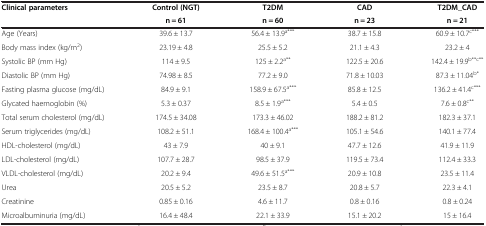
<table><thead><tr><td rowspan="2"><b>Clinical parameters</b></td><td><b>Control (NGT)</b></td><td><b>T2DM</b></td><td><b>CAD</b></td><td><b>T2DM_CAD</b></td></tr><tr><td><b>n = 61</b></td><td><b>n = 60</b></td><td><b>n = 23</b></td><td><b>n = 21</b></td></tr></thead><tbody><tr><td>Age (Years)</td><td>39.6 ± 13.7</td><td>56.4 ± 13.9<sup>a***</sup></td><td>38.7 ± 15.8</td><td>60.9 ± 10.7<sup>c***</sup></td></tr><tr><td>Body mass index (kg/m<sup>2</sup>)</td><td>23.19 ± 4.8</td><td>25.5 ± 5.2</td><td>21.1 ± 4.3</td><td>23.2 ± 4</td></tr><tr><td>Systolic BP (mm Hg)</td><td>114 ± 9.5</td><td>125 ± 2.2<sup>a**</sup></td><td>122.5 ± 20.6</td><td>142.4 ± 19.9<sup>b**c**</sup></td></tr><tr><td>Diastolic BP (mm Hg)</td><td>74.98 ± 8.5</td><td>77.2 ± 9.0</td><td>71.8 ± 10.03</td><td>87.3 ± 11.04<sup>b*</sup></td></tr><tr><td>Fasting plasma glucose (mg/dL)</td><td>84.9 ± 9.1</td><td>158.9 ± 67.5<sup>a***</sup></td><td>85.8 ± 12.5</td><td>136.2 ± 41.4<sup>c***</sup></td></tr><tr><td>Glycated haemoglobin (%)</td><td>5.3 ± 0.37</td><td>8.5 ± 1.9<sup>a***</sup></td><td>5.4 ± 0.5</td><td>7.6 ± 0.8<sup>c**</sup></td></tr><tr><td>Total serum cholesterol (mg/dL)</td><td>174.5 ± 34.08</td><td>173.3 ± 46.02</td><td>188.2 ± 81.2</td><td>182.3 ± 37.1</td></tr><tr><td>Serum triglycerides (mg/dL)</td><td>108.2 ± 51.1</td><td>168.4 ± 100.4<sup>a***</sup></td><td>105.1 ± 54.6</td><td>140.1 ± 77.4</td></tr><tr><td>HDL-cholesterol (mg/dL)</td><td>43 ± 7.9</td><td>40 ± 9.1</td><td>47.7 ± 12.6</td><td>41.9 ± 11.9</td></tr><tr><td>LDL-cholesterol (mg/dL)</td><td>107.7 ± 28.7</td><td>98.5 ± 37.9</td><td>119.5 ± 73.4</td><td>112.4 ± 33.3</td></tr><tr><td>VLDL-cholesterol (mg/dL)</td><td>20.2 ± 9.4</td><td>49.6 ± 51.5<sup>a***</sup></td><td>20.9 ± 10.8</td><td>23.5 ± 11.4</td></tr><tr><td>Urea</td><td>20.5 ± 5.2</td><td>23.5 ± 8.7</td><td>20.8 ± 5.7</td><td>22.3 ± 4.1</td></tr><tr><td>Creatinine</td><td>0.85 ± 0.16</td><td>4.6 ± 11.7</td><td>0.8 ± 0.16</td><td>0.8 ± 0.24</td></tr><tr><td>Microalbuminuria (mg/dL)</td><td>16.4 ± 48.4</td><td>22.1 ± 33.9</td><td>15.1 ± 20.2</td><td>15 ± 16.4</td></tr></tbody></table>